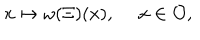
LaTeX: x \mapsto \omega ( \Xi ) ( x ) , \quad \ x \in { \cal O } ,